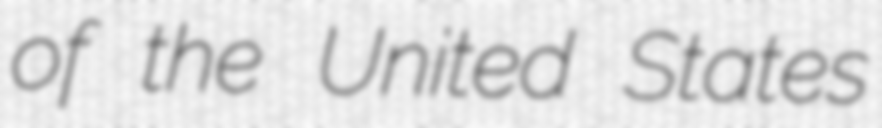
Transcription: of the United States